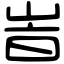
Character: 峕